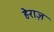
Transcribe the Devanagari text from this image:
हेराज़